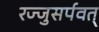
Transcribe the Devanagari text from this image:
रज्जुसर्पवत्‌